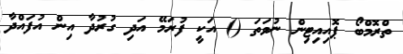
ތްރޮމްބޯ ޕޮއިއިޓިން ނުވަތަ () އަކީ ފުރަމޭ އަދި ގުރުދާ އިން އުފައްދާ